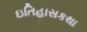
ઇતિહાસકથા